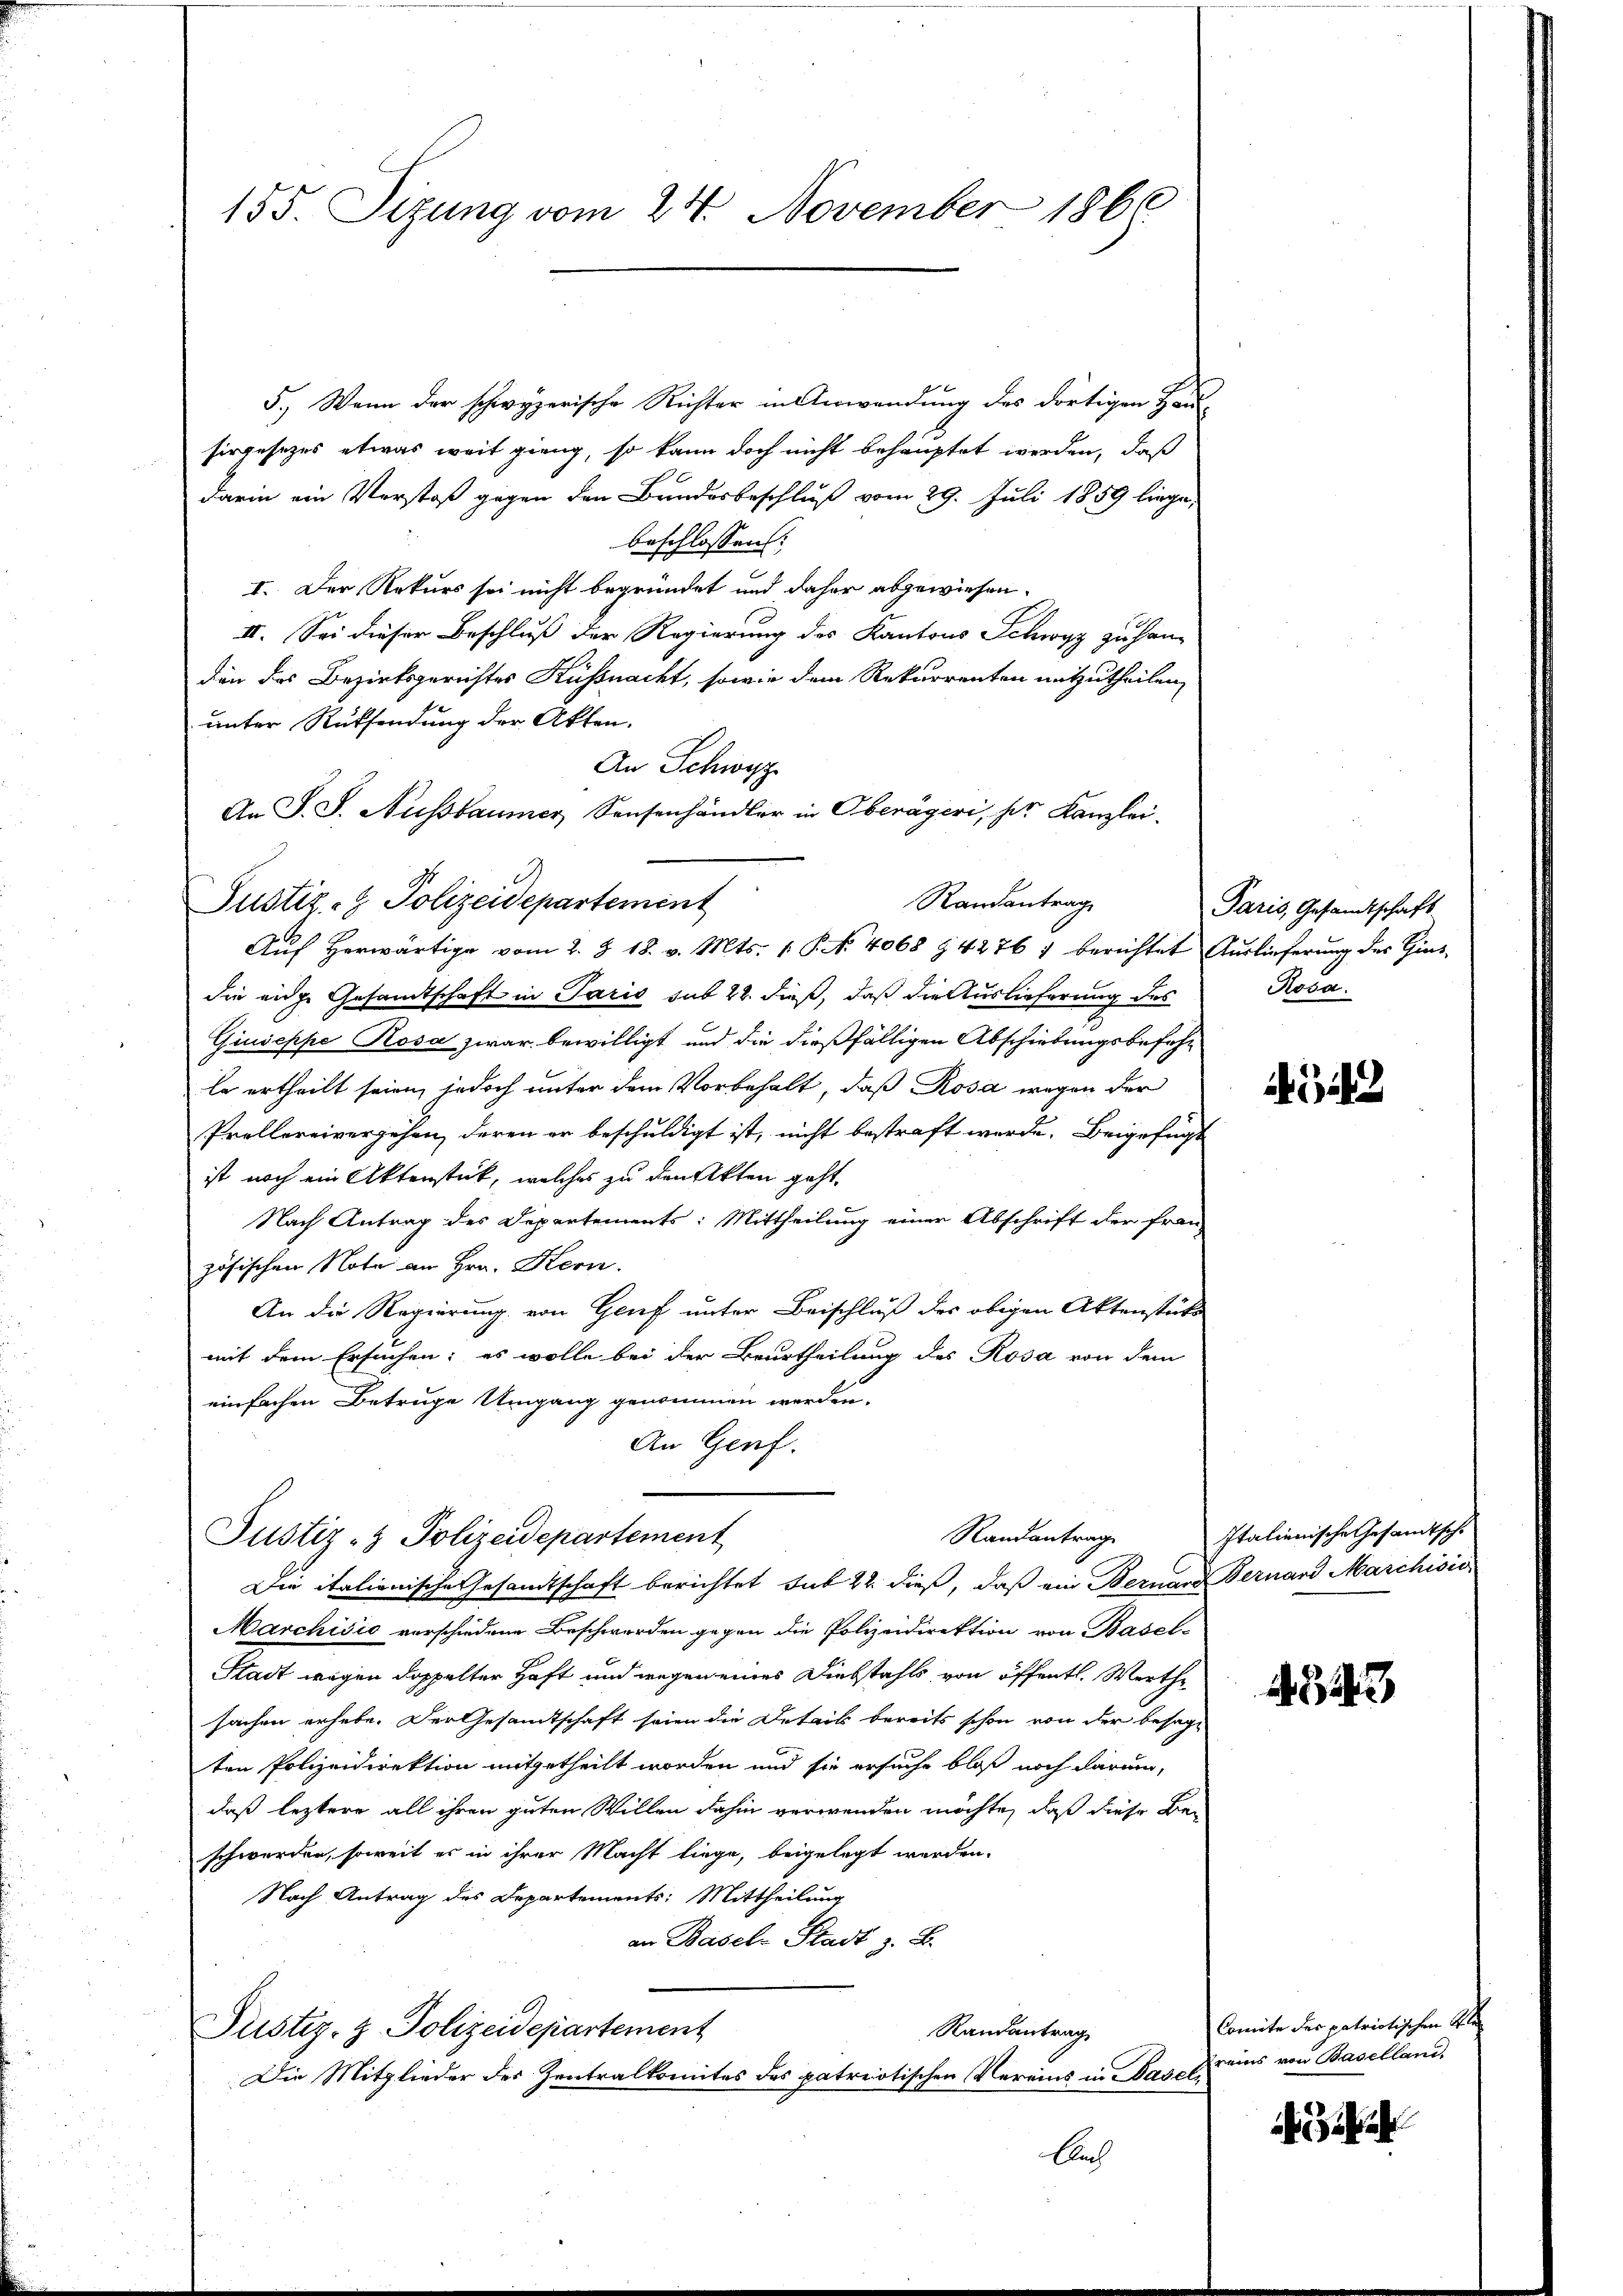
155. Sitzung vom 24. November 1860

5.) Wenn der schwyzerische Richter in Anwendung des dortigen Haus-
sirgesetzes etwas weit gieng, so kann doch nicht behauptet werden, daß
darin ein Verstoß gegen den Bundesbeschluß vom 29. Juli 1859 liege,
beschlossen:
I. Der Rekurs sei nicht begründet und daher abgewiesen.
II. Sei dieser Beschluß der Regierung des Kantons Schwyz zu handen das Bezirksgerichtes Küssnacht, sowie dem Rekurrenten mitzutheilen,
unter Rücksendung der Akten.
An Schwyz
die eige Gesandtschaft in Paris sub 22. dieß, daß die Auslieferung des
Giuseppe Rosa zwar bewilligt und die dießfälligen Abschiebungsbefehle ertheilt seien, jedoch unter dem Vorbehalt, daß Rosa wegen der
Prollereivergehen, deren er beschuldigt ist, nicht bestraft werde. Beigefügt
ist noch ein Aktenstück, welches zu den Akten geht.
Nach Antrag des Departements: Mittheilung einer Abschrift der fran-
zösischen Note an Hrn. Hern.
An die Regierung von Genf unter Beischluß des obigen Aktenstütz
mit dem Ersuchen; es wolle bei der Beurtheilung des Rosa von dem
einfachen Betruge Umgang genommen werden.
An Genf.

An S. S. Nussbaumer, Sensenhändler in Oberägeri, der Kanzlei-
Randantrag
Justiz- & Polizeidepartement
Auf Herwärtige vom 2. §. 18. v. Mts. 1. P. Nr. 4068 § 4276) berichtet Auslieferung des Zins-

Randantrag
Justiz- & Polizeidepartement
Die italienische Gesandtschaft berichtet sub 22 dieß, daß ein Bernard Bernard Marchisie

Marchivić verschiedene Beschwerden gegen die Polizeidirektion von Basel-
Stadt wegen doppelter Haft und wegen eines Diebstahls von öffentl. Werthe
sachen erhebe. Der Gesandtschaft seien die Details bereits schon von der besagten Polizeidirektion mitgetheilt worden und sie ersuche bloß noch darum,
daß leztere all ihren guten Willen dahin verwenden möchte, daß diese Bei
schwerden, soweit er in ihrer Macht liege, beigelegt werden.
Nach Antrag des Departements: Mittheilung
an Basels Stadt z. B.
Randantrag
Justiz- & Polizeidepartement
Die Mitglieder des Zentralkomites des patriotischen Vereins in Baseln
Auch

Paris, Gesandtschaft
Hoca

522

Italienische Gesandtsche

4843

Comite der patriotischen Kla¬
Freins von Baselland,